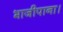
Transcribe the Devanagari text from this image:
भाजीपाना।